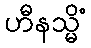
ဟီနသ္မိံ